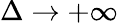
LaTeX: \Delta\to+\infty